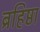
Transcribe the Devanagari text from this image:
ब्रहिष्ठा